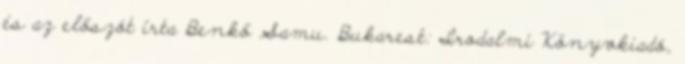
és az előszót írta Benkő Samu. Bukarest: Irodalmi Könyvkiadó,